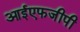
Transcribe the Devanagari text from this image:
आईएफजीपी